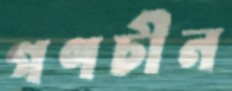
গণচীন